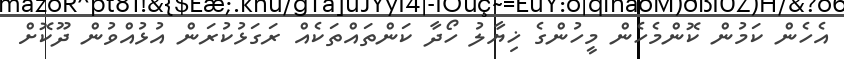
އެހެން ކަމުން ކޮންމެހެން މީހުންގެ ޚިޔާލު ހޯދާ ކަންތައްތަކެއް ރަގަޅުކުރަން އުޅުއްވުން ދޫކޮށް